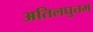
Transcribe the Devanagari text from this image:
अतिलघुतम